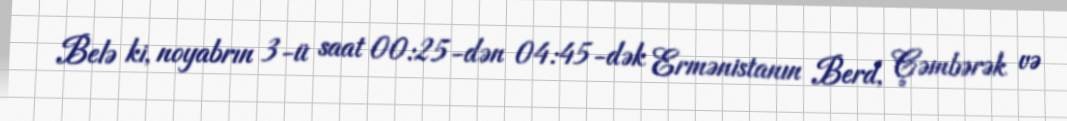
Belə ki, noyabrın 3-ü saat 00:25-dən 04:45-dək Ermənistanın Berd, Çəmbərək və